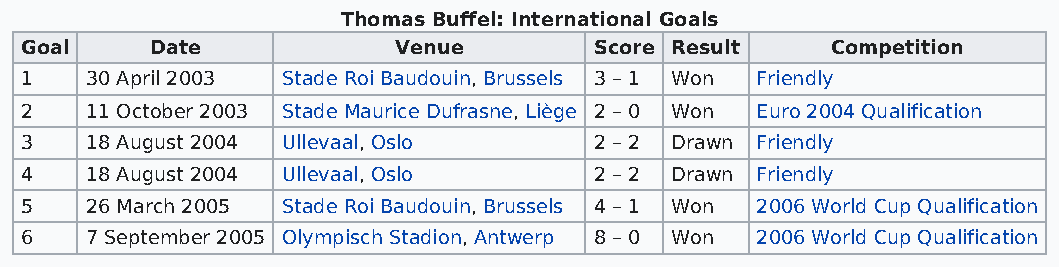
Thomas Buffel: International Goals
 Goal     Date            Venue        Score Result    Competition
 1    30 April 2003 Stade Roi Baudouin, Brussels 3 – 1 Won Friendly
 2    11 October 2003 Stade Maurice Dufrasne, Liège 2 – 0 Won Euro 2004 Qualification
 3    18 August 2004 Ullevaal, Oslo    2 – 2 Drawn Friendly
 4    18 August 2004 Ullevaal, Oslo    2 – 2 Drawn Friendly
 5    26 March 2005 Stade Roi Baudouin, Brussels 4 – 1 Won 2006 World Cup Qualification
 6    7 September 2005 Olympisch Stadion, Antwerp 8 – 0 Won 2006 World Cup Qualification